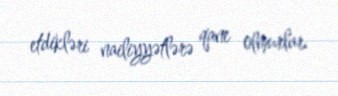
etdikləri nailiyyətlərə qane olmurlar.